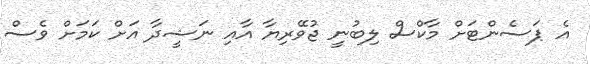
އެ ޕަސެންޓަށް މާކްސް ލިބުނީ ޖުވޭރިޔާ އާއި ނަޝީދާ އަށް ކަމަށް ވެސް